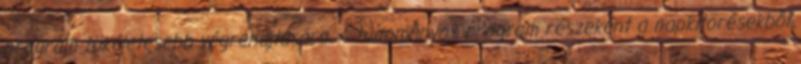
program tökéletesebb végrehajtására. A tudományos program részeként a napkitörésekből